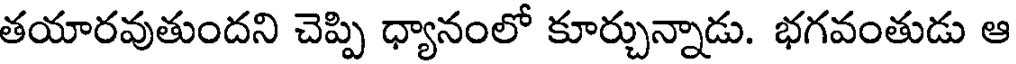
తయారవుతుందని చెప్పి ధ్యానంలో కూర్చున్నాడు. భగవంతుడు ఆ